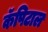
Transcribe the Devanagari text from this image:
कॅपिटाल